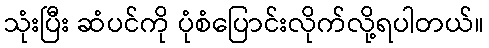
သုံးပြီး ဆံပင်ကို ပုံစံပြောင်းလိုက်လို့ရပါတယ်။